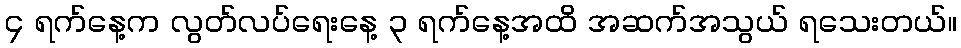
၄ ရက်နေ့က လွတ်လပ်ရေးနေ့ ၃ ရက်နေ့အထိ အဆက်အသွယ် ရသေးတယ်။